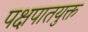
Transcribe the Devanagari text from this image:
पक्षपातयुक्त